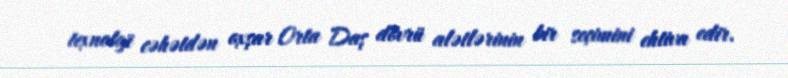
texnoloji cəhətdən oxşar Orta Daş dövrü alətlərinin bir seçimini ehtiva edir.